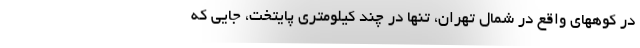
در کوههای واقع در شمال تهران، تنها در چند کیلومتری پایتخت، جایی که